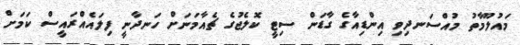
މައުލޫމާތު މުއްސަނދިވި އިންޑިއާގެ ގާޑަން ސިޓީ ކޮލެޖުގެ ޗެއާމަނަށް ހަނދާނީ ފިލައެއްރައީސް ކަމަށް